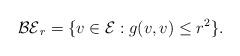
LaTeX: \begin{align*}\mathcal{BE}_{r}=\{v\in \mathcal{E} : g(v,v)\leq r^{2}\}.\end{align*}